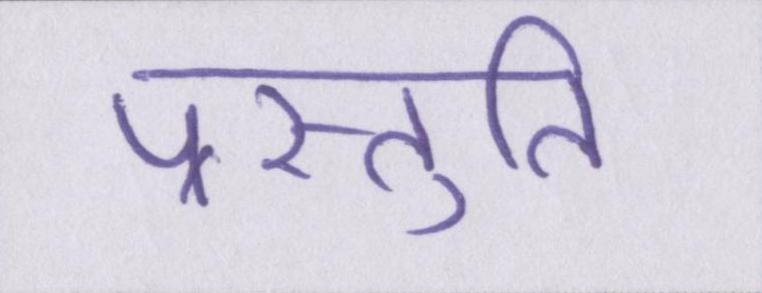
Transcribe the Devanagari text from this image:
प्रस्तुति